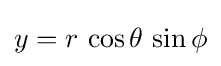
y=r\,\cos \theta \,\sin \phi